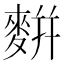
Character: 䴵